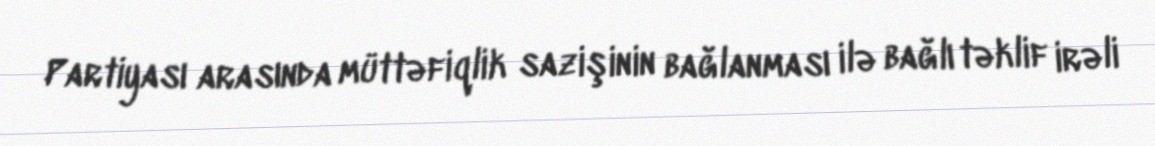
Partiyası arasında müttəfiqlik sazişinin bağlanması ilə bağlı təklif irəli